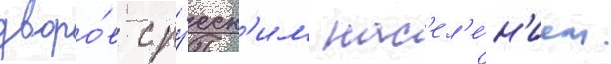
дворо́в с ру́сск'им нас'ел'е́н'ием